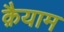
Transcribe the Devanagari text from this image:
क़ैयाम